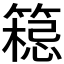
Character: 𱸟